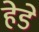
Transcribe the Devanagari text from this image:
हेडे